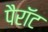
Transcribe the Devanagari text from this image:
पैरॉट